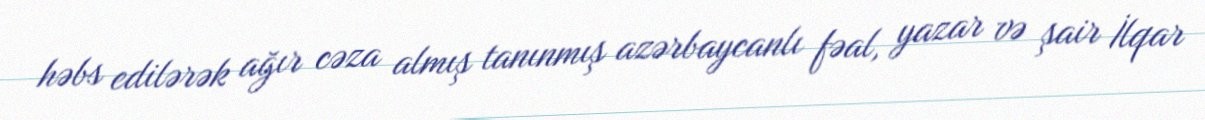
həbs edilərək ağır cəza almış tanınmış azərbaycanlı fəal, yazar və şair İlqar